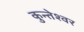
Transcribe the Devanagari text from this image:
कुन्‍तेश्‍वर